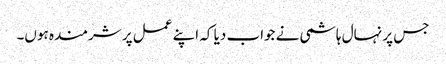
جس پر نہال ہاشمی نے جواب دیا کہ اپنے عمل پر شرمندہ ہوں۔